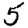
Digit: 5